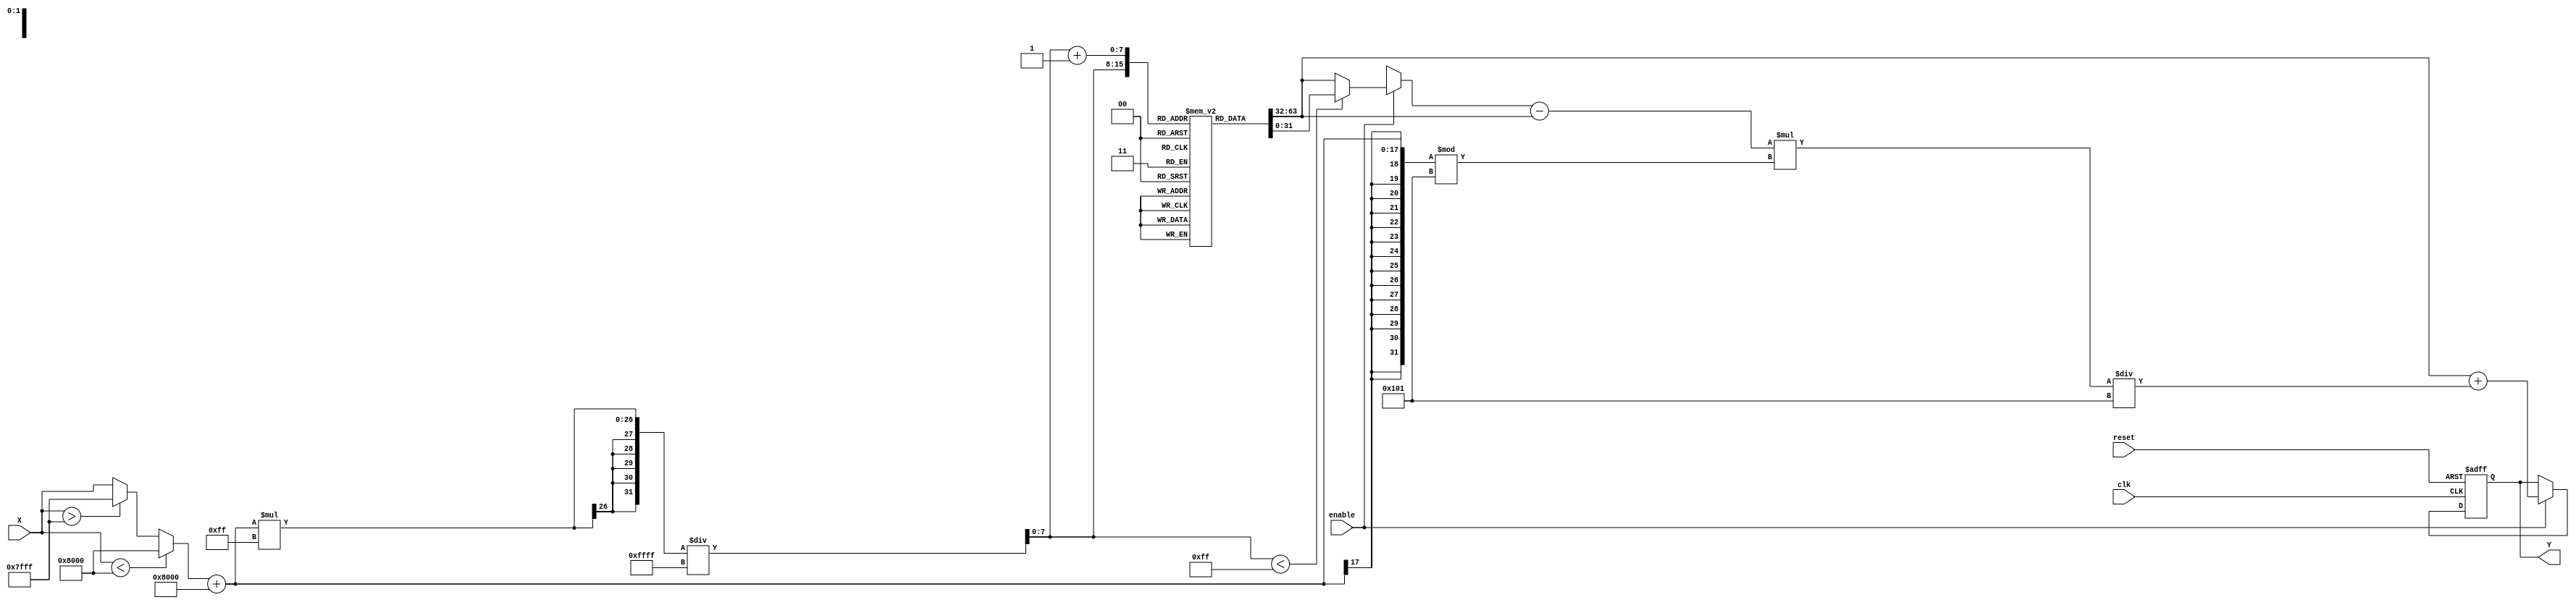
module asin_block #(
    parameter INPUT_WIDTH = 16, // Input width in bits
    parameter OUTPUT_WIDTH = 32, // Output width in bits
    parameter LUT_SIZE = 256     // Size of the LUT
)(
    input wire clk,
    input wire reset,
    input wire enable,
    input wire signed [INPUT_WIDTH-1:0] X, // Input signal
    output reg signed [OUTPUT_WIDTH-1:0] Y // Output signal
);

    // LUT for asin values (precomputed, example values for demonstration)
    reg signed [OUTPUT_WIDTH-1:0] lut [0:LUT_SIZE-1];

    // Interpolation variables
    reg signed [OUTPUT_WIDTH-1:0] y0, y1;
    reg [INPUT_WIDTH-1:0] x0, x1;
    reg [7:0] index; // Index for LUT
    reg signed [INPUT_WIDTH-1:0] input_clamped;

    // Initialization of LUT with precomputed asin values (for demonstration)
    initial begin
        // Fill the LUT with precomputed asin values (in fixed-point representation)
        // Example values for demonstration (in radians, scaled)
        lut[0] = 0;       // asin(-1) = -/2
        lut[1] = -32768;  // asin(-0.9962) ~ -1.5708
        lut[2] = -16384;  // asin(-0.5) = -/6
        lut[3] = 0;       // asin(0) = 0
        lut[4] = 16384;   // asin(0.5) = /6
        lut[5] = 32768;   // asin(0.9962) ~ 1.5708
        lut[255] = 32767; // asin(1) = /2
        // More values should be filled in...
    end

    // Clamp input to range [-1, 1]
    always @(*) begin
        if (X < -32768) begin
            input_clamped = -32768; // -1 in fixed-point
        end else if (X > 32767) begin
            input_clamped = 32767; // 1 in fixed-point
        end else begin
            input_clamped = X;
        end
    end

    // Compute output based on input
    always @(posedge clk or posedge reset) begin
        if (reset) begin
            Y <= 0;
        end else if (enable) begin
            // Convert the input to LUT index (scaled)
            index = (input_clamped + 32768) * (LUT_SIZE - 1) / 65535; // Scale input from [-32768, 32767] to [0, LUT_SIZE-1]

            // Get LUT values for interpolation
            y0 = lut[index];
            if (index < LUT_SIZE - 1) begin
                y1 = lut[index + 1];
            end else begin
                y1 = lut[index]; // Prevent out of range
            end

            // Linear interpolation
            Y <= y0 + ((y1 - y0) * ((input_clamped + 32768) % (65535 / (LUT_SIZE - 1)))) / (65535 / (LUT_SIZE - 1));
        end
    end
endmodule